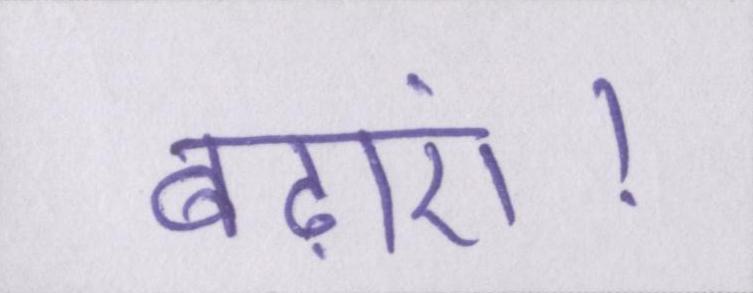
बढ़ाएं।